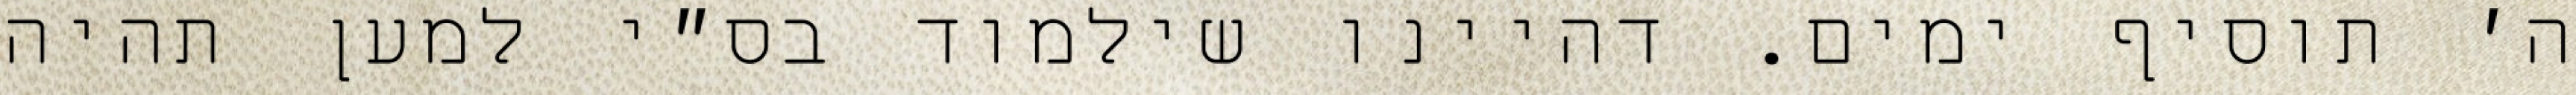
ה׳ תוסיף ימים. דהיינו שילמוד בס״י למען תהיה